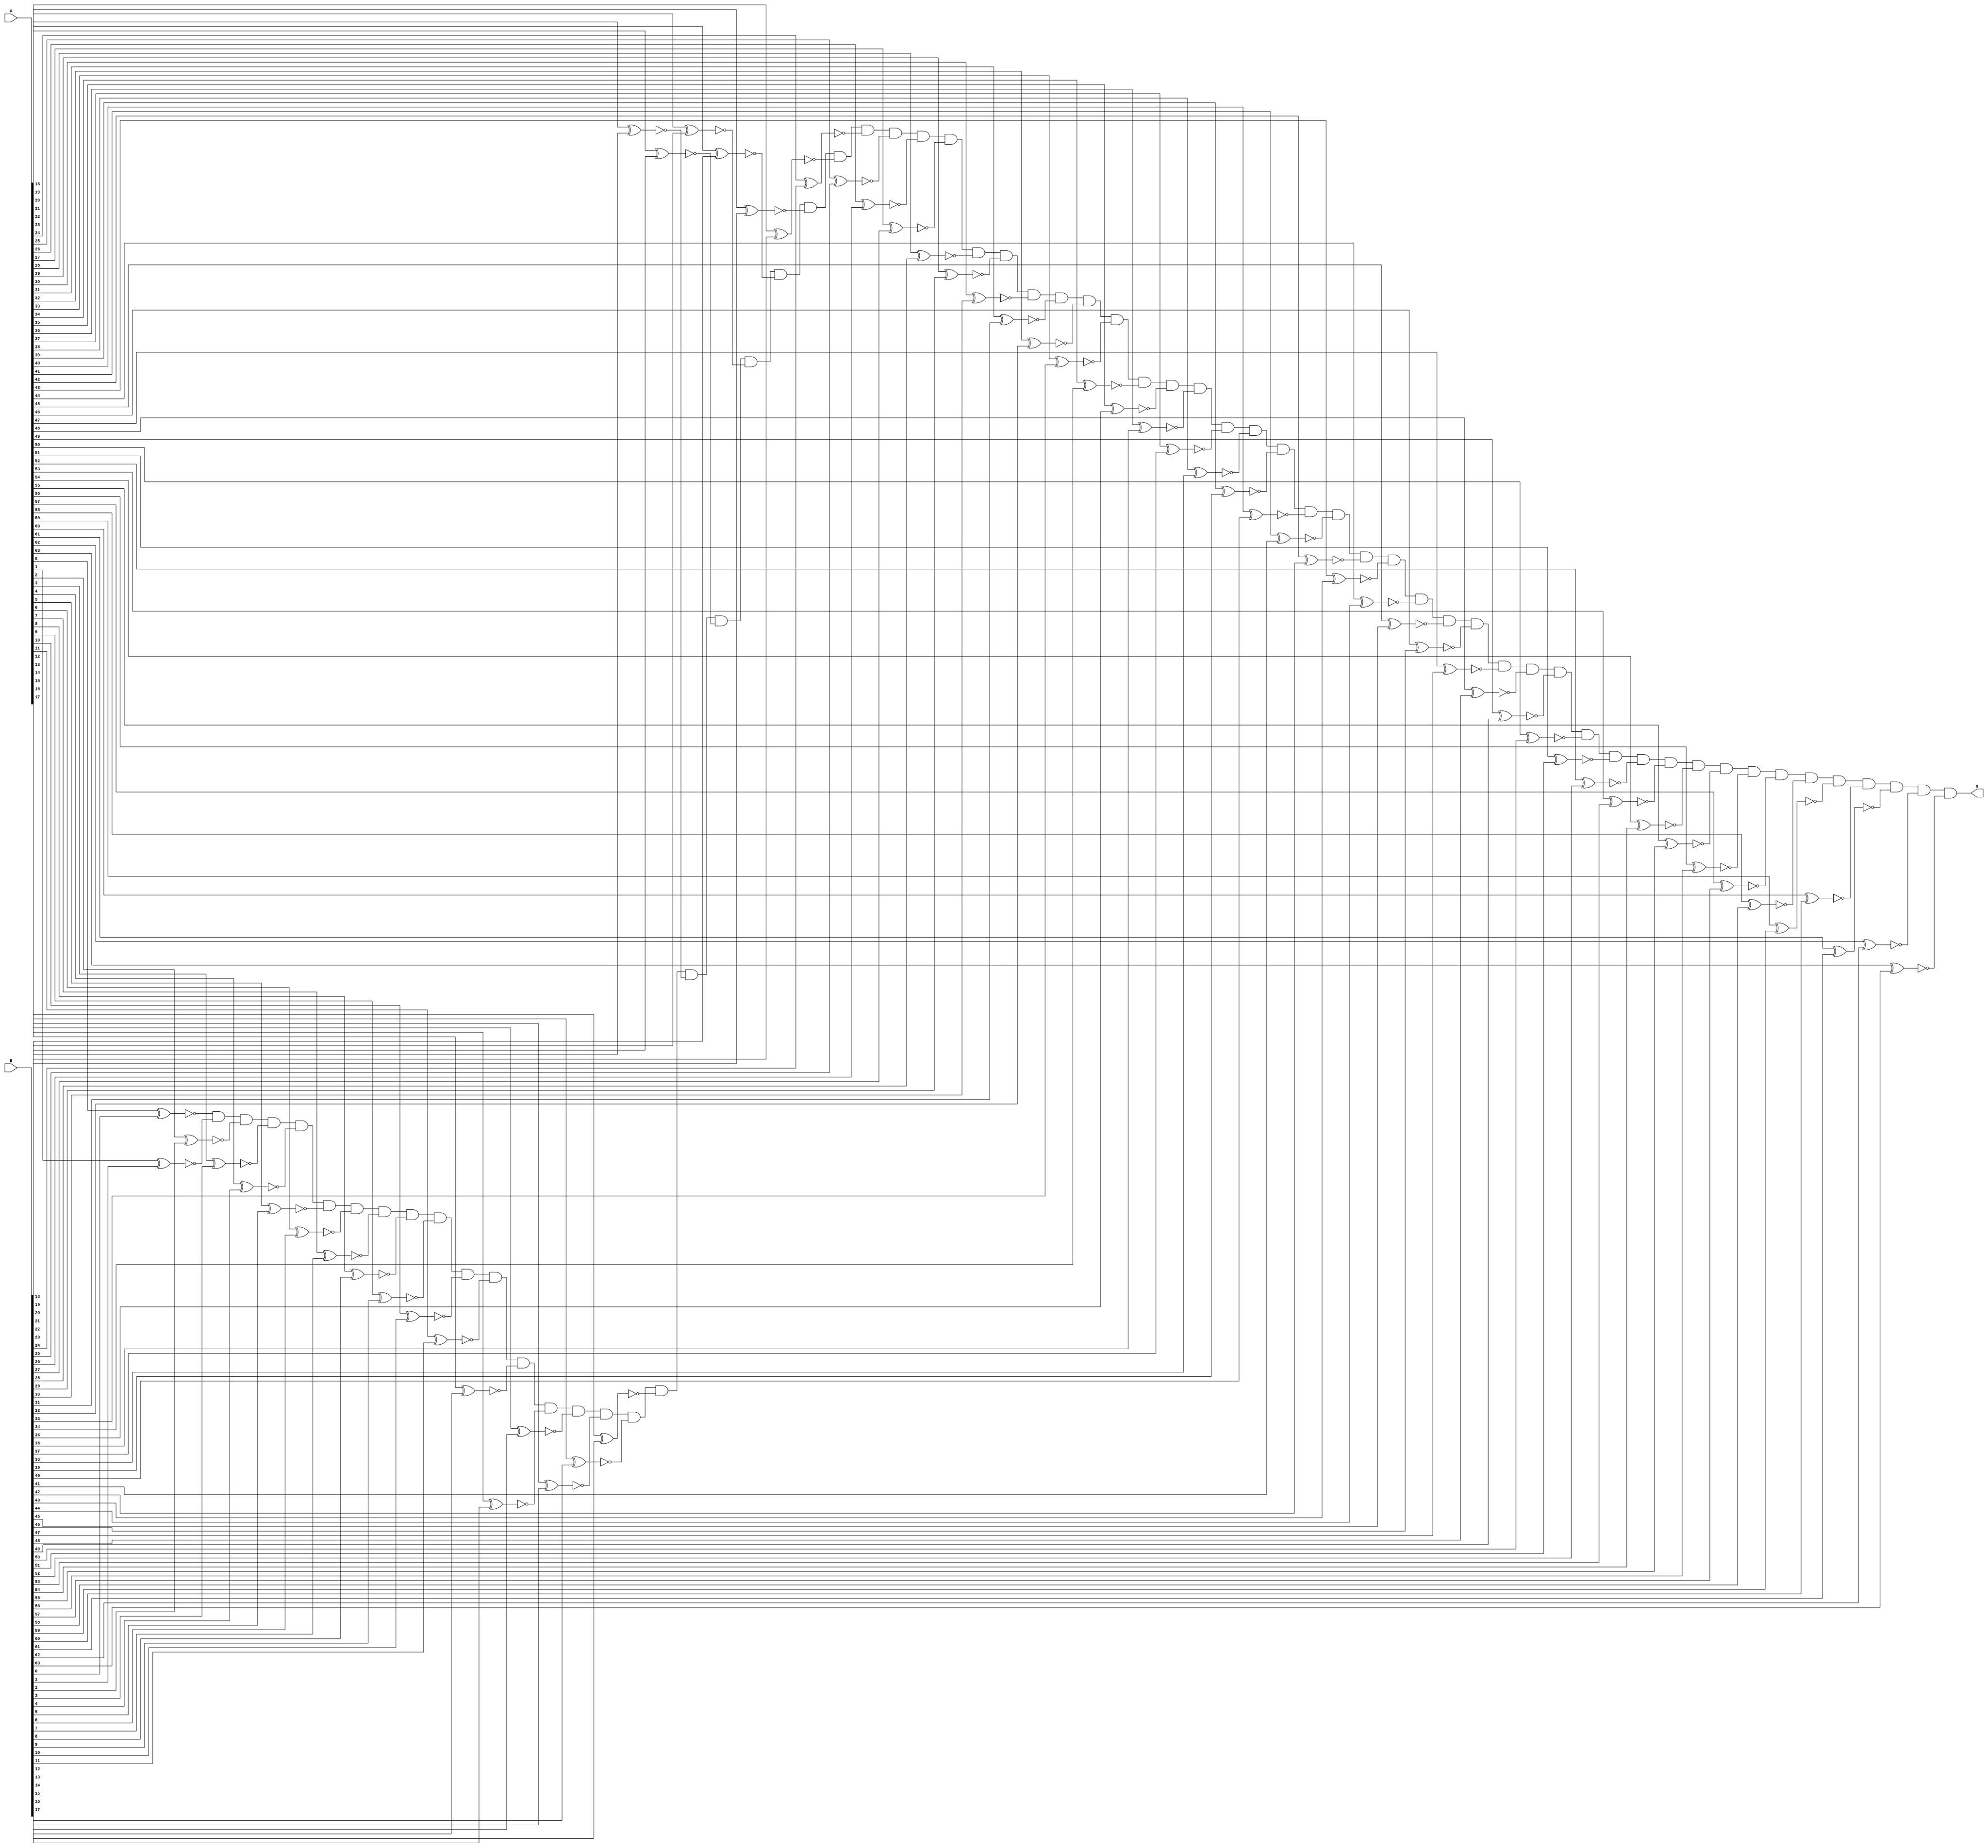
module compare(A, B, O);

	input [63:0] A;
	input [63:0] B;
	output O;
	wire [63:0] temp;

	genvar i;
	generate
	for(i = 0; i < 64; i = i+1)
	begin: loop1
		xnor #2 (temp[i], A[i], B[i]);
	end
	endgenerate
	and #64 (O, temp[0], temp[1], temp[2], temp[3], temp[4], temp[5], temp[6], temp[7], temp[8], temp[9], 
		temp[10], temp[11], temp[12], temp[13], temp[14], temp[15], temp[16], temp[17], temp[18], temp[19],
		temp[20], temp[21], temp[22], temp[23], temp[24], temp[25], temp[26], temp[27], temp[28], temp[29],
		temp[30], temp[31], temp[32], temp[33], temp[34], temp[35], temp[36], temp[37], temp[38], temp[39],
		temp[40], temp[41], temp[42], temp[43], temp[44], temp[45], temp[46], temp[47], temp[48], temp[49],
		temp[50], temp[51], temp[52], temp[53], temp[54], temp[55], temp[56], temp[57], temp[58], temp[59],
		temp[60], temp[61], temp[62], temp[63]);



endmodule